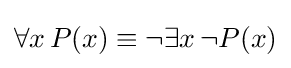
\forall x\,P(x)\equiv \neg \exists x\,\neg P(x)